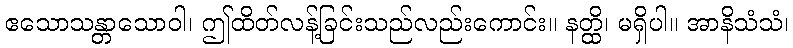
ဧသောသန္တာသောဝါ၊ ဤထိတ်လန့်ခြင်းသည်လည်းကောင်း။ နတ္ထိ၊ မရှိပါ။ အာနိသံသံ၊